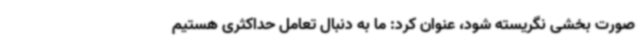
صورت بخشی نگریسته شود، عنوان کرد: ما به دنبال تعامل حداکثری هستیم